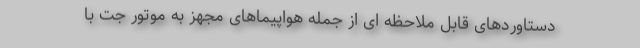
دستاوردهای قابل ملاحظه ای از جمله هواپیماهای مجهز به موتور جت با